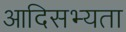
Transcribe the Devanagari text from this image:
आदिसभ्‍यता